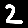
Digit: 2